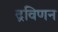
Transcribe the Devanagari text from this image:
द्रविणन